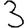
Digit: 3